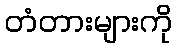
တံတားများကို